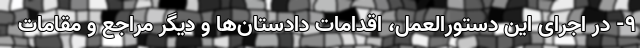
۹- در اجرای این دستورالعمل، اقدامات دادستان‌ها و دیگر مراجع و مقامات